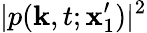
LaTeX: |p(\mathbf{k},t;\mathbf{x}_{1}^{\prime})|^{2}